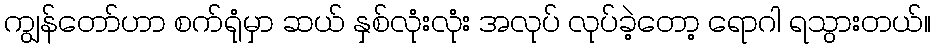
ကျွန်တော်ဟာ စက်ရုံမှာ ဆယ် နှစ်လုံးလုံး အလုပ် လုပ်ခဲ့တော့ ရောဂါ ရသွားတယ်။